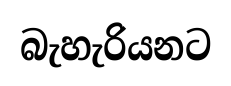
බැහැරියනට